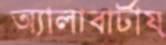
অ্যালাবার্টায়